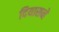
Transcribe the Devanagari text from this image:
दियासने